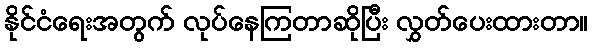
နိုင်ငံရေးအတွက် လုပ်နေကြတာဆိုပြီး လွှတ်ပေးထားတာ။